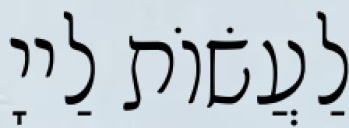
לַעֲשׂוֹת לַייָ